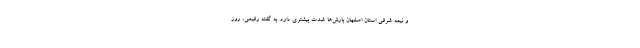
و نیمه شرقی استان اصفهان بارش‌ها شدت بیشتری دارد. به گفته رفیعی، روز